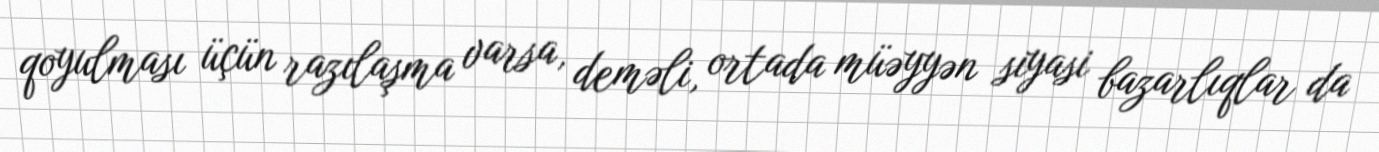
qoyulması üçün razılaşma varsa, deməli, ortada müəyyən siyasi bazarlıqlar da